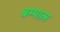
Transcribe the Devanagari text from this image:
बम्पाल